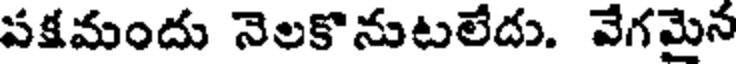
పక్షమందు నెలకొనుటలేదు. వేగమైన